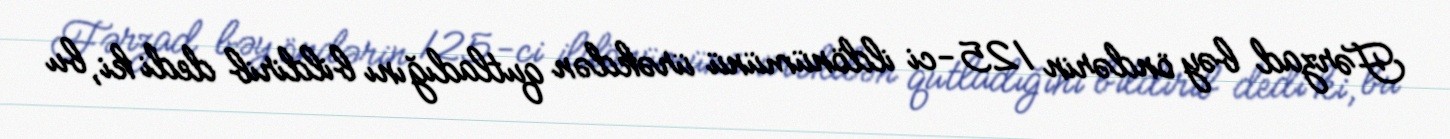
Fərzad bəy öndərin 125-ci ildönümünü ürəkdən qutladığını bildirib dedi ki, bu